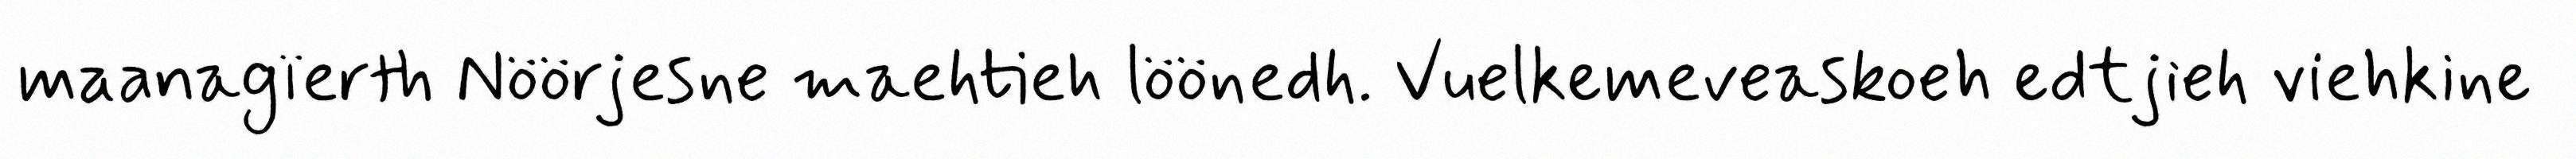
maanagïerth Nöörjesne maehtieh löönedh. Vuelkemeveaskoeh edtjieh viehkine